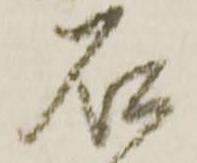
石